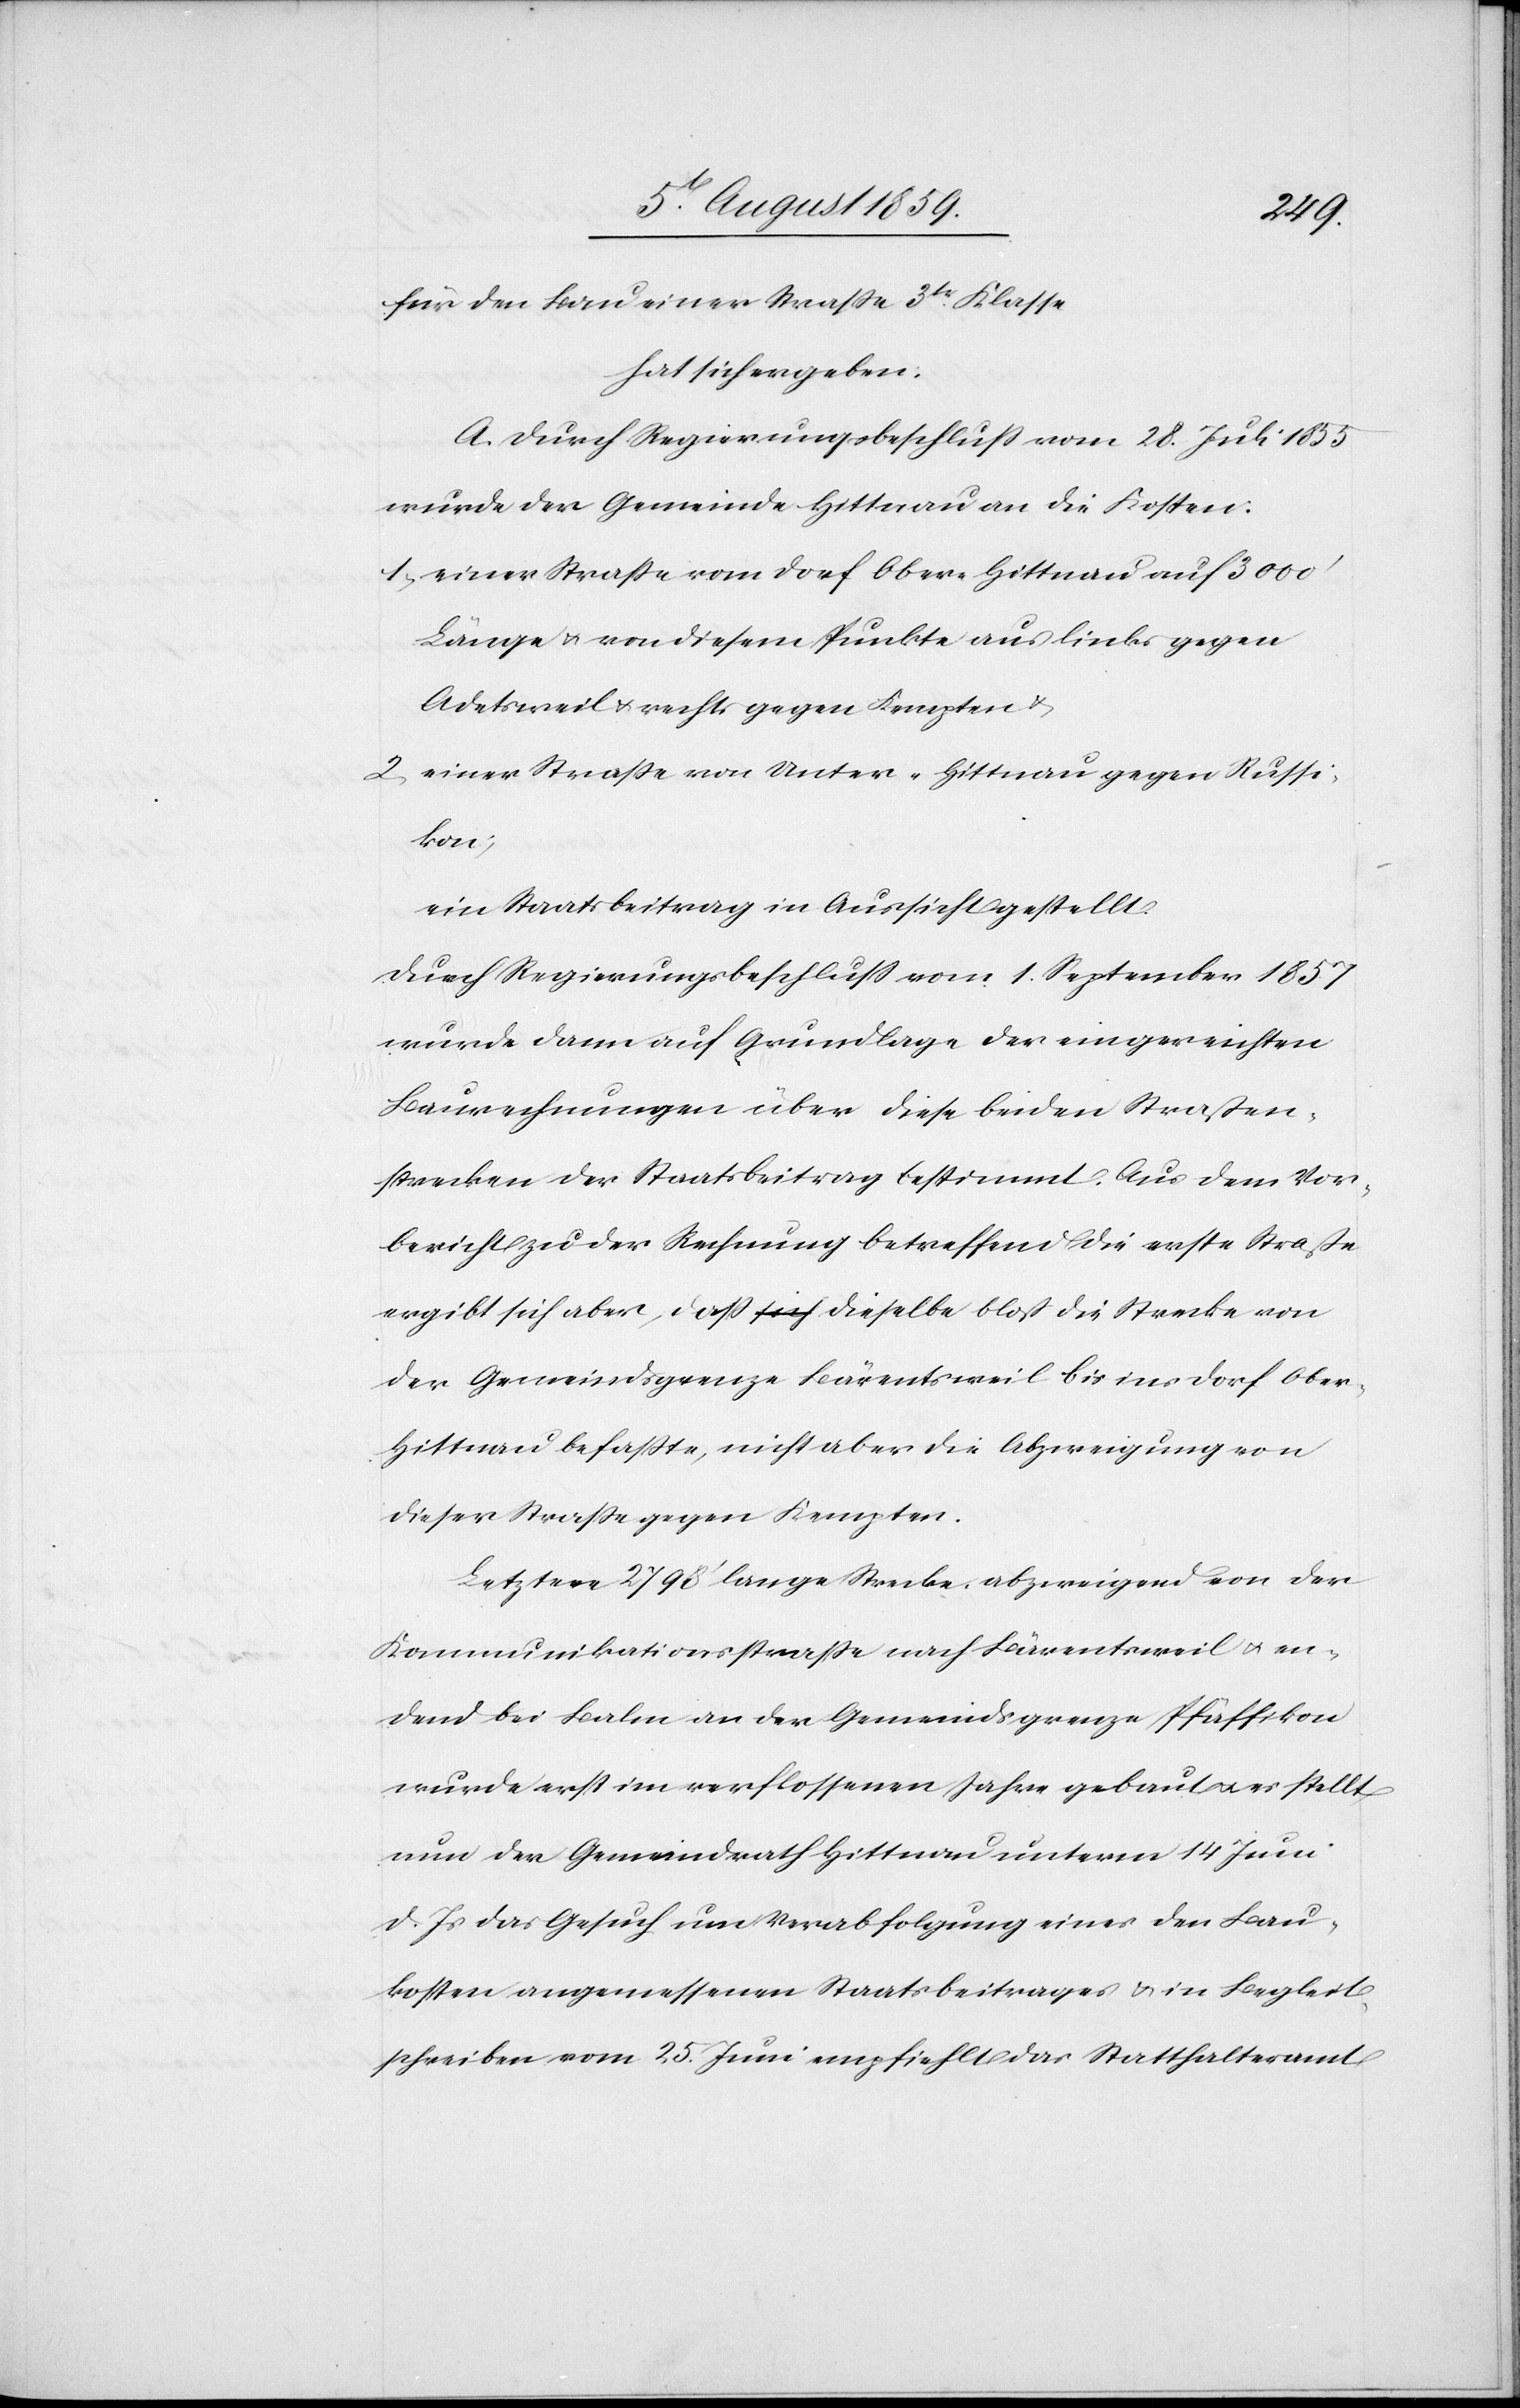
für den Bau einer Straße 3tr. Klasse
hat sich ergeben:
A. Durch Regierungsbeschluß vom 28. Juli 1855
wurde der Gemeinde Hittnau an die Kosten:
1. einer Straße vom Dorf Ober Hittnau auf 3000’
Länge u. von diesem Punkte aus links gegen
Adetsweil u. rechts gegen Kempten u.
2. einer Straße von Unter-Hittnau gegen Russi¬
kon;
ein Staatsbeitrag in Aussicht gestellt:
Durch Regierungsbeschluß vom 1. September 1857
wurde dann auf Grundlage der eingereichten
Baurechnungen über diese beiden Straßen¬
strecken der Staatsbeitrag bestimmt. Aus dem Vor¬
bericht zu der Rechnung betreffend die erste Straße
ergibt sich aber, daß dieselbe bloß die Strecke von
der Gemeindsgrenze Bärentsweil bis ins Dorf Ober-H¬
ittnau befaßte, nicht aber die Abzweigung von
dieser Straße gegen Kempten.
Letztere 2798’ lange Strecke abzweigend von der
Kommunikationsstraße nach Bärentsweil u. en¬
dend bei Balm an der Gemeindsgrenze Pfäffikon
wurde erst im verflossenen Jahre gebaut u. es stellt
nun der Gemeindrath Hittnau unterm 14 Juni
d. Js. das Gesuch um Verabfolgung eines den Bau¬
kosten angemessenen Staatsbeitrages u. in Begleit¬
schreiben vom 25. Juni empfiehlt das Statthalteramt